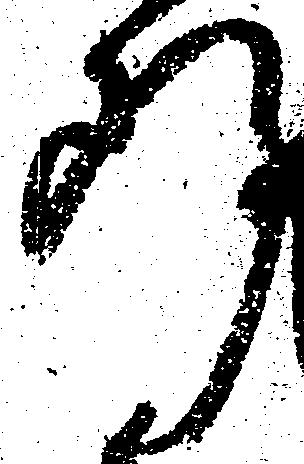
断